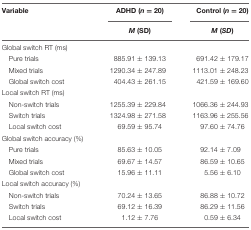
<table><thead><tr><td><b>Variable</b></td><td><b>ADHD (<i>n</i> = 20)</b></td><td><b>Control (<i>n</i> = 20)</b></td></tr><tr><td></td><td><b><i>M</i> (SD)</b></td><td><b><i>M</i> (<i>SD</i>)</b></td></tr></thead><tbody><tr><td>Global switch RT (ms)</td><td></td><td></td></tr><tr><td>Pure trials</td><td>885.91 ± 139.13</td><td>691.42 ± 179.17</td></tr><tr><td>Mixed trials</td><td>1290.34 ± 247.89</td><td>1113.01 ± 248.23</td></tr><tr><td>Global switch cost</td><td>404.43 ± 261.15</td><td>421.59 ± 169.60</td></tr><tr><td>Local switch RT (ms)</td><td></td><td></td></tr><tr><td>Non-switch trials</td><td>1255.39 ± 229.84</td><td>1066.36 ± 244.93</td></tr><tr><td>Switch trials</td><td>1324.98 ± 271.58</td><td>1163.96 ± 255.56</td></tr><tr><td>Local switch cost</td><td>69.59 ± 95.74</td><td>97.60 ± 74.76</td></tr><tr><td>Global switch accuracy (%)</td><td></td><td></td></tr><tr><td>Pure trials</td><td>85.63 ± 10.05</td><td>92.14 ± 7.09</td></tr><tr><td>Mixed trials</td><td>69.67 ± 14.57</td><td>86.59 ± 10.65</td></tr><tr><td>Global switch cost</td><td>15.96 ± 11.11</td><td>5.56 ± 6.10</td></tr><tr><td>Local switch accuracy (%)</td><td></td><td></td></tr><tr><td>Non-switch trials</td><td>70.24 ± 13.65</td><td>86.88 ± 10.72</td></tr><tr><td>Switch trials</td><td>69.12 ± 16.39</td><td>86.29 ± 11.56</td></tr><tr><td>Local switch cost</td><td>1.12 ± 7.76</td><td>0.59 ± 6.34</td></tr></tbody></table>